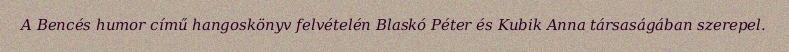
A Bencés humor című hangoskönyv felvételén Blaskó Péter és Kubik Anna társaságában szerepel.